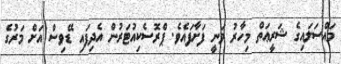
މައްސަލައިގެ ޝަރީޢަތް މިހާރު ވަނީ ފަށާފައެވެ. ޕްރޮސެކިއުޓަރުން އެދިފައި ޑޭވިސް އަށް މަރުގެ